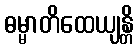
ဓမ္မာတိထေယျန္တိ